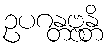
ဥပဂန္တဗ္ဗန္တိ